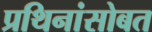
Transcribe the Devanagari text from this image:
प्रथिनांसोबत